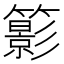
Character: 𥶩